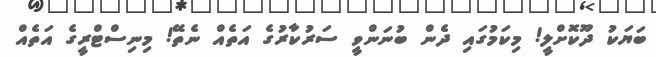
ބަޔަކު ދޫކޮށްލީ! މިކަމުގައި ދެން ބުނަންވީ ސަރުކާރުގެ އަތެއް ނެތޭ! މިނިސްޓްރީގެ އަތެއް